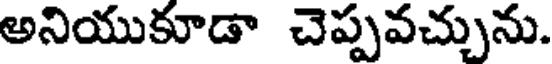
అనియుకూడా చెప్పవచ్చును.